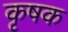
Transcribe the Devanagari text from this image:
कृषक